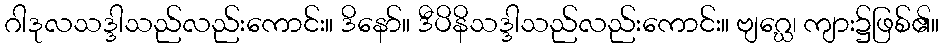
ဂါဒုလသဒ္ဒါသည်လည်းကောင်း။ ဒိနော်။ ဒီပိနိသဒ္ဒါသည်လည်းကောင်း။ ဗျဂ္ဃေ၊ ကျား၌ဖြစ်၏။